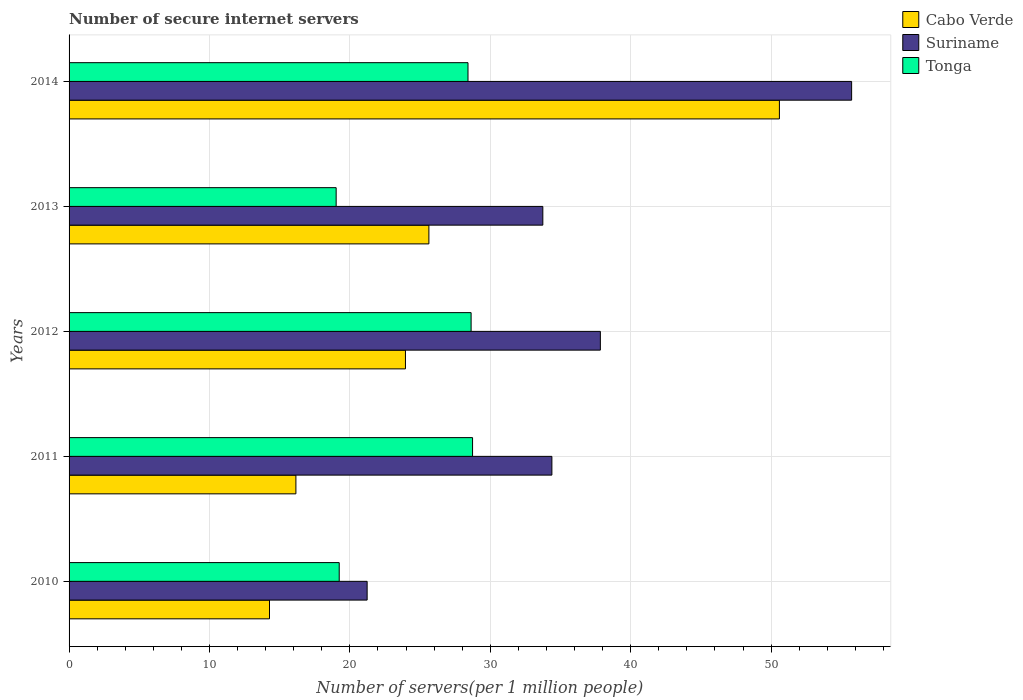
| Years | Cabo Verde | Suriname | Tonga |
 | --- | --- | --- | --- |
 | 2010 | 14.3 | 21.2 | 19.2 |
 | 2011 | 16.2 | 34.4 | 28.7 |
 | 2012 | 24 | 37.8 | 28.6 |
 | 2013 | 25.6 | 33.7 | 19 |
 | 2014 | 50.6 | 55.7 | 28.4 |